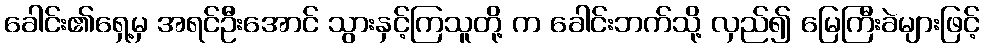
ခေါင်း၏ရှေ့မှ အရင်ဦးအောင် သွားနှင့်ကြသူတို့ က ခေါင်းဘက်သို့ လှည်၍ မြေကြီးခဲများဖြင့်